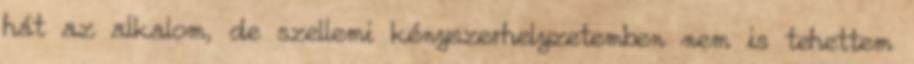
hát az alkalom, de szellemi kényszerhelyzetemben nem is tehettem